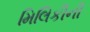
મિલિકીની